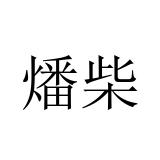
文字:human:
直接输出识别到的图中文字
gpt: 燔柴